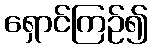
ရှောင်ကြဉ်၍